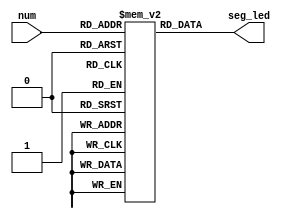
module decoder(num,seg_led);//
input [3:0] num;
output [7:0] seg_led;
reg [7:0] seg [9:0];
initial                    //0~9
begin
	seg[0]=8'b11111100;		//A,B,C,D,E,F,G,DP
	seg[1]=8'b01100000;
	seg[2]=8'b11011010;
	seg[3]=8'b11110010;
	seg[4]=8'b01100110;
	seg[5]=8'b10110110;
	seg[6]=8'b10111110;
	seg[7]=8'b11100000;
	seg[8]=8'b11111110;
	seg[9]=8'b11110110;
end

assign seg_led=seg[num];
endmodule